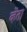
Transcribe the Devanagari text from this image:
व्हेंता